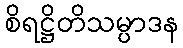
စိရဋ္ဌိတိသမ္ပာဒန